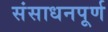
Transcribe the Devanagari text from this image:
संसाधनपूर्ण